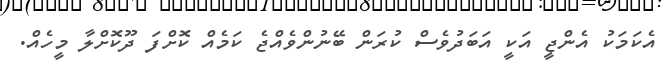
އެކަމަކު އެންޖީ އަކީ އަބަދުވެސް ކުރަން ބޭނުންވެއްޖެ ކަމެއް ކޮށްފަ ދޫކޮށްލާ މީހެއް.